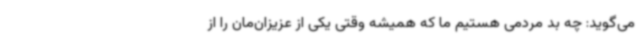
می‌گوید: چه بد مردمی هستیم ما که همیشه وقتی یکی از عزیزان‌مان را از